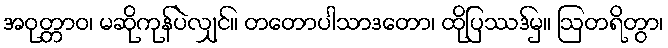
အဝုတ္တာဝ၊ မဆိုကုန်ပဲလျှင်။ တတောပါသာဒတော၊ ထိုပြဿဒ်မှ။ ဩတရိတွာ၊